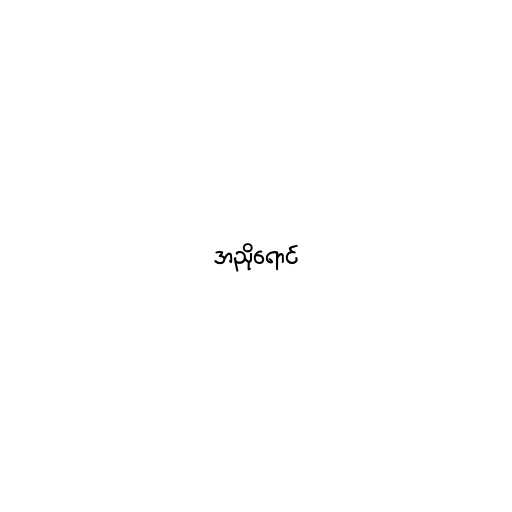
အညိုရောင်